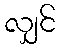
လျှင်